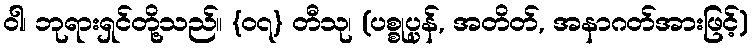
ဝါ၊ ဘုရားရှင်တို့သည်။ {၀၇} တီသု၊ (ပစ္စုပ္ပန်, အတိတ်, အနာဂတ်အားဖြင့်)